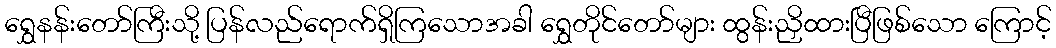
ရွှေနန်းတော်ကြီးသို့ ပြန်လည်ရောက်ရှိကြသောအခါ ရွှေတိုင်တော်များ ထွန်းညှိထားပြီဖြစ်သော ကြောင့်